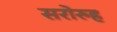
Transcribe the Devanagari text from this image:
सरोरुह